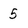
Character: 5